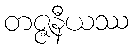
တဇ္ဇနီယဿ